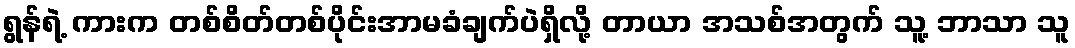
ရွန်ရဲ့ ကားက တစ်စိတ်တစ်ပိုင်းအာမခံချက်ပဲရှိလို့ တာယာ အသစ်အတွက် သူ့ ဘာသာ သူ